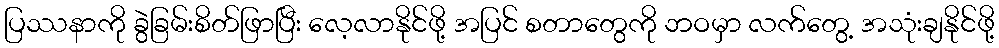
ပြဿနာကို ခွဲခြမ်းစိတ်ဖြာပြီး လေ့လာနိုင်ဖို့ အပြင် စတာတွေကို ဘဝမှာ လက်တွေ့ အသုံးချနိုင်ဖို့